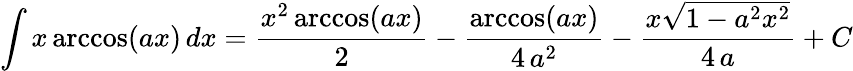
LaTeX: \int x\operatorname{arccos}(ax)\, dx={\frac{x^{2}\operatorname{arccos}(ax)}{2}}-{\frac{\operatorname{arccos}(ax)}{4\, a^{2}}}-{\frac{x{\sqrt{1-a^{2}x^{2}}}}{4\, a}}+C